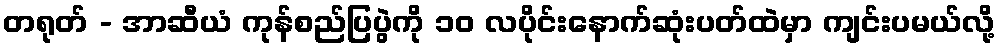
တရုတ် - အာဆီယံ ကုန်စည်ပြပွဲကို ၁၀ လပိုင်းနောက်ဆုံးပတ်ထဲမှာ ကျင်းပမယ်လို့